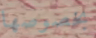
بخصوصها